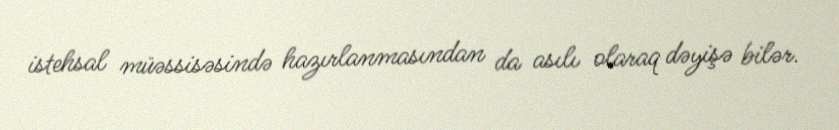
istehsal müəssisəsində hazırlanmasından da asılı olaraq dəyişə bilər.